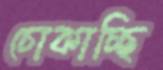
চোকাচ্ছি